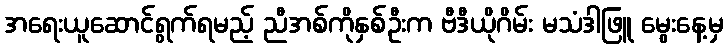
အရေးယူဆောင်ရွက်ရမည့် ညီအစ်ကိုနှစ်ဦးက ဗီဒီယိုဂိမ်း မသံဒါဖြူ မွေးနေ့မှ